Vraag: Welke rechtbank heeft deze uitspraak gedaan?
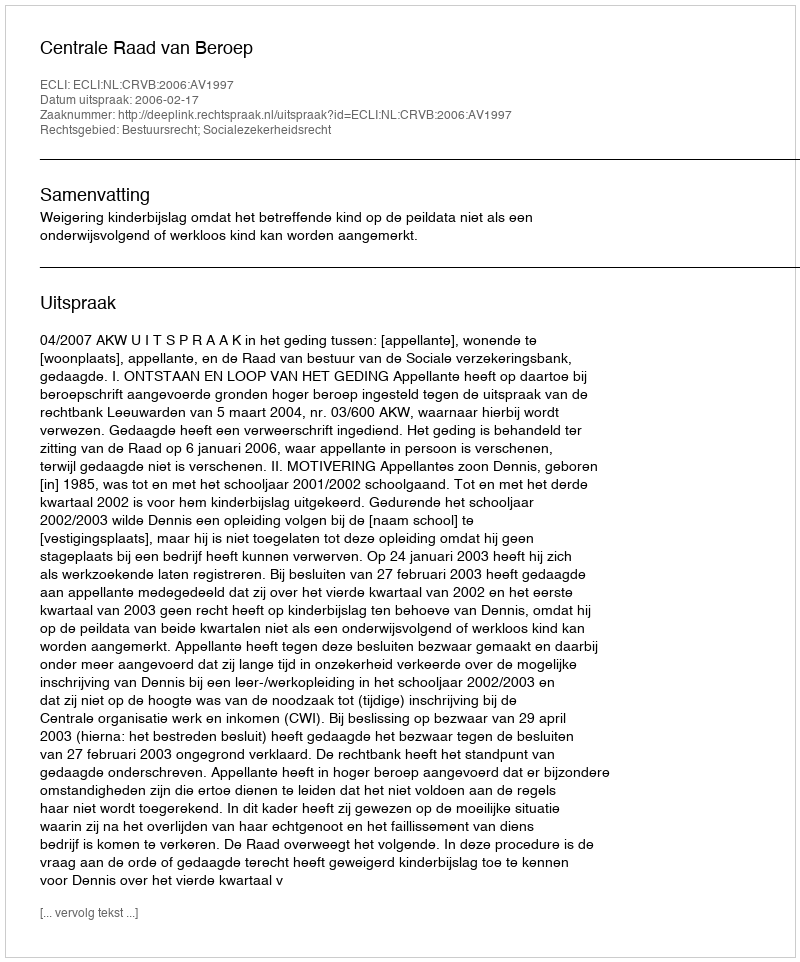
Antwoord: Centrale Raad van Beroep